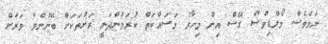
ނަމަވެސް މޯލްޑިވްސް ގޭސް އިން މިހާރު މަސައްކަތް ކުރަމުންދަނީ ރަށްތަކަށް ބޭނުންވާ ވަރަށް